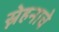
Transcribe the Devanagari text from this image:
स्नेहनाचे